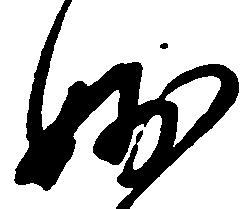
妙